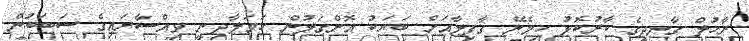
ރާހުލް ގާނދީގެ ކާރުކޮޅު ހިމެނޭ ގާފިލާއަށް ބަޔަކު އޮށްގަލުން ހަމަލާދިނީ ވިއްސާރައިގެ ސަބަބުން